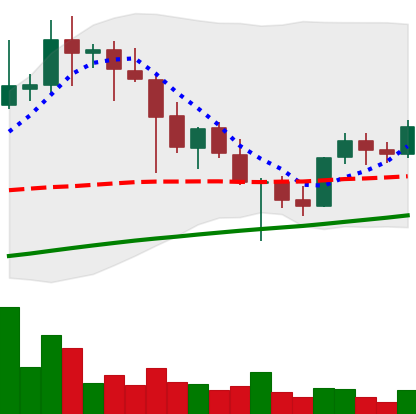
Ticker: XLM-USD
Chart end date: 2021-04-30
Forward return: 13.956%
Label: up_7plus